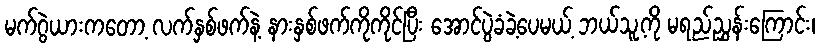
မက်ဂွဲယားကတော့ လက်နှစ်ဖက်နဲ့ နားနှစ်ဖက်ကိုကိုင်ပြီး အောင်ပွဲခံခဲ့ပေမယ့် ဘယ်သူ့ကို မရည်ညွှန်းကြောင်း၊